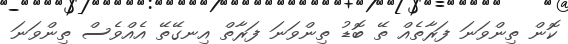
ކޮން ތިންވަނަ ފަރާތެއް ތޭ ބޮޑު ތިންވަނަ ފަރާތް އިނގޭތޭ އެއްވެސް ތިންވަނަ